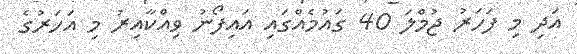
އަދި މި ފަހަރު ޖުމްލަ 40 ގައުމެއްގައި އައިފޯނު ވިއްކާއިރު މި އަހަރުގެ